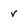
Character: v